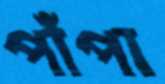
পাঁপা